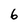
Character: 6